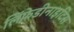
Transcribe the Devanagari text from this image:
लिंफ़ेडीनाइटिस